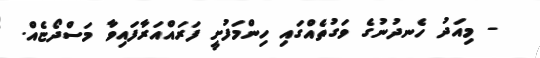
- މިއަދު ހެނދުނުގެ ވަގުތެއްގައި ހިންމަފުށީ ފަރައްއަރާފައިވާ މަސްދޯޏެއް.